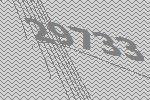
29733